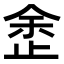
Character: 𣥳